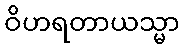
ဝိဟရတာယသ္မာ